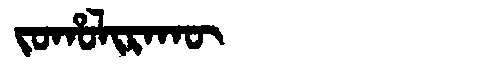
Manchu: ᠵᠣᡥᠣᠯᡳᡵᠠᡴᡡ
Romanization: JOHOLIRAKŪ